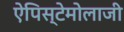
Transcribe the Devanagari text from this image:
ऐपिस्टेमोलाजी